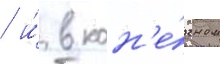
/ и́ в кон'е́чном